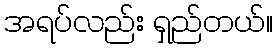
အရပ်လည်း ရှည်တယ်။